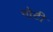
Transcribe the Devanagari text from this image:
नोटी